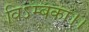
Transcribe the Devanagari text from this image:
विऽम्बका।।